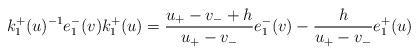
LaTeX: \begin{align*}k_{1}^{+}(u)^{-1}e_{1}^{-}(v)k_{1}^{+}(u)=\frac{u_{+}-v_{-}+h}{u_{+}-v_{-}}e_{1}^{-}(v)-\frac{h}{u_{+}-v_{-}}e_{1}^{+}(u)\end{align*}